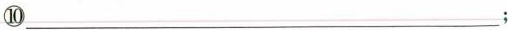
⑩___；